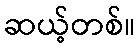
ဆယ့်တစ်။